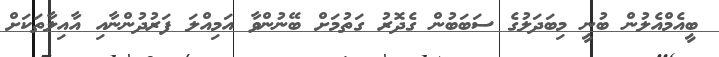
ބީއެމްއެލުން ބުނީ މިބަދަލުގެ ސަބަބުން ގެދޮރު ގަތުމަށް ބޭނުންވާ އަމިއްލަ ފަރުދުންނާއި އާއިލާތަކަށް